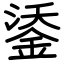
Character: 鋈